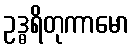
ဥဒ္ဓရိတုကာမော